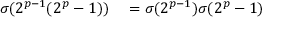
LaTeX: \begin{array} { r l } { \sigma ( 2 ^ { p - 1 } ( 2 ^ { p } - 1 ) ) } & { { } = \sigma ( 2 ^ { p - 1 } ) \sigma ( 2 ^ { p } - 1 ) } \end{array}